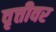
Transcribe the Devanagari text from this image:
वृत्तीवर